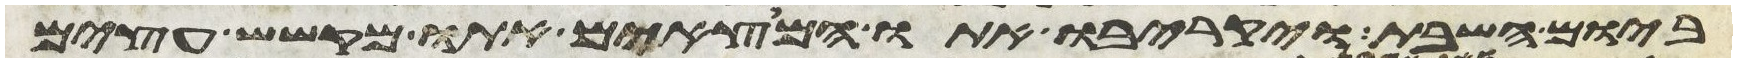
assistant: ביום השבת ויקריבו אתו המצאים אתו מקשש עצים